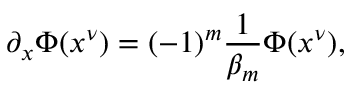
\partial _ { x } \Phi ( x ^ { \nu } ) = ( - 1 ) ^ { m } \frac { 1 } { \beta _ { m } } \Phi ( x ^ { \nu } ) ,